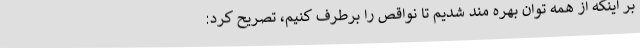
بر اینکه از همه توان بهره مند شدیم تا نواقص را برطرف کنیم، تصریح کرد: